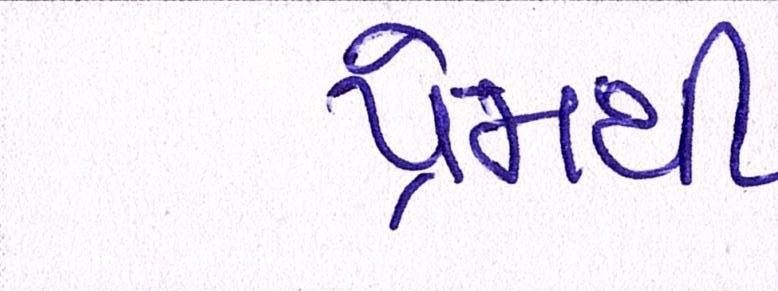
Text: પ્રેમથી